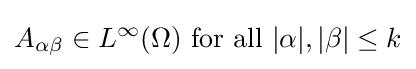
A_{\alpha \beta }\in L^{\infty }(\Omega ){\mbox{ for all }}|\alpha |,|\beta |\leq k